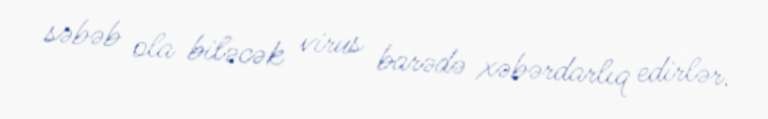
səbəb ola biləcək virus barədə xəbərdarlıq edirlər.